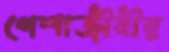
পেশাজীবীর